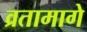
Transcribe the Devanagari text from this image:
व्रतामागे